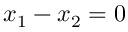
x _ { 1 } - x _ { 2 } = 0